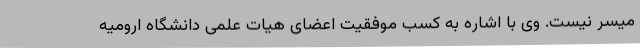
میسر نیست. وی با اشاره به کسب موفقیت اعضای هیات علمی دانشگاه ارومیه